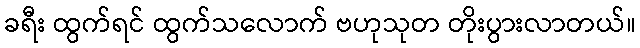
ခရီး ထွက်ရင် ထွက်သလောက် ဗဟုသုတ တိုးပွားလာတယ်။